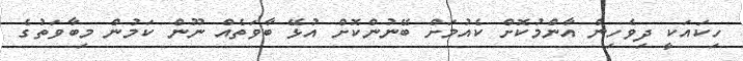
ހިކައަކީ ދިވެހިން އާންމުކޮށް ކެއުމަށް ބޭނުންކޮށް އުޅޭ ބާވަތެއް ނޫން ކަމުން މިބާވަތުގެ